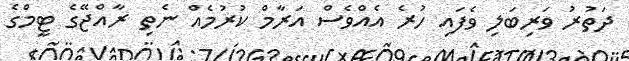
ދަތުރު ވަރިބަލި ވެފައި ހުރެ އެއްވެސް އަރާމް ކުރުމެއް ނެތި ރާއްޖޭގެ ޓީމްގެ